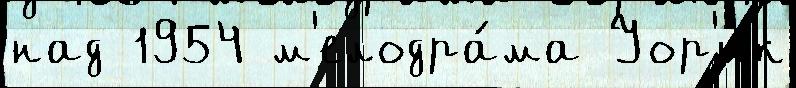
над 1954 м'елодра́ма Уор'ик